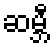
ဆမ္ဘီ